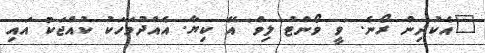
"އެކުދިން ރޯނެ. 'ވީ ވޯންޓު ލިވް' އޭ ކިޔާ. އެއްދުވަހަކު ކުއްޖަކު އައި